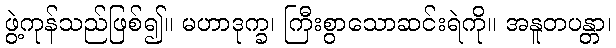
ဖွဲ့ကုန်သည်ဖြစ်၍။ မဟာဒုက္ခ၊ ကြီးစွာသောဆင်းရဲကို။ အနူတပန္တာ၊